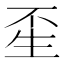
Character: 𤯚